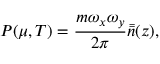
P ( \mu , T ) = \frac { m \omega _ { x } \omega _ { y } } { 2 \pi } \bar { \bar { n } } ( z ) ,